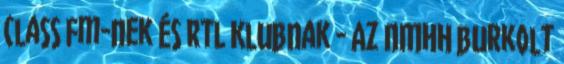
Class Fm-nek és RTL Klubnak - Az NMHH burkolt